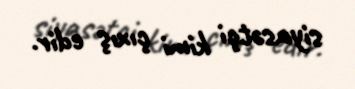
siyasətçi kimi çıxış edir.